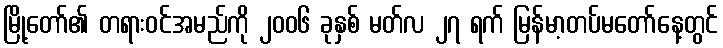
မြို့တော်၏ တရားဝင်အမည်ကို ၂၀၀၆ ခုနှစ် မတ်လ ၂၇ ရက် မြန်မာ့တပ်မတော်နေ့တွင်